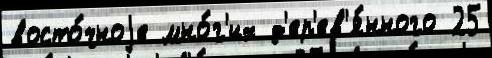
восто́чноjе мно́г'их д'ер'ев'я́нного 25